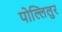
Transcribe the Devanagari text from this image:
पोल्लिलुर